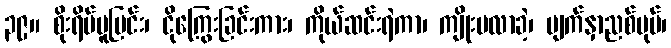
၃၉။ စိုးရိမ်ပူပြင်း၊ ငိုကြွေးခြင်းကား၊ ကိုယ်ဆင်းရဲကာ၊ ကျိုးမလာခဲ့၊ မျက်နှာညစ်ပုပ်၊